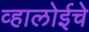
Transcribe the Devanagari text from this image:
व्हालोईचे